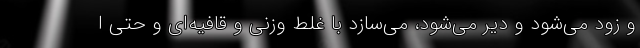
و زود می‌شود و دیر می‌شود، می‌سازد با غلط وزنی و قافیه‌ای و حتی ا